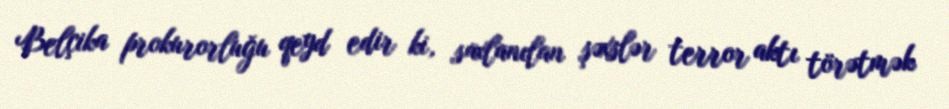
Belçika prokurorluğu qeyd edir ki, saxlanılan şəxslər terror aktı törətmək